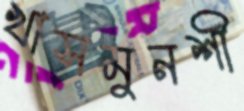
খাসমুনশী